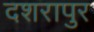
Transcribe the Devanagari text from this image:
दशरापुर